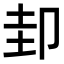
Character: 𭅶